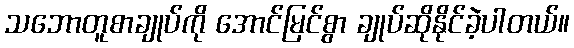
သဘောတူစာချုပ်ကို အောင်မြင်စွာ ချုပ်ဆိုနိုင်ခဲ့ပါတယ်။